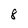
Character: 8